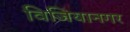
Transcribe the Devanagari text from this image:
विजियानगर